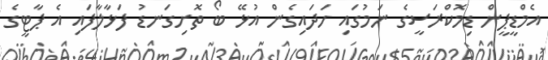
އެމްޑީޕީން ޑިމޮކްރަސީގެ ނަމުގައި ހަދައިގެން އުޅޭ ބޯ ތޮށިގަނޑު ފަޅާލާފައި އެ ޕާޓީގެ